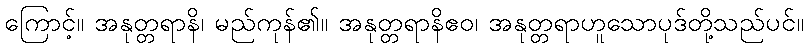
ကြောင့်။ အနုတ္တရာနိ၊ မည်ကုန်၏။ အနုတ္တရာနိဧဝ၊ အနုတ္တရာဟူသောပုဒ်တို့သည်ပင်။